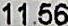
11.56